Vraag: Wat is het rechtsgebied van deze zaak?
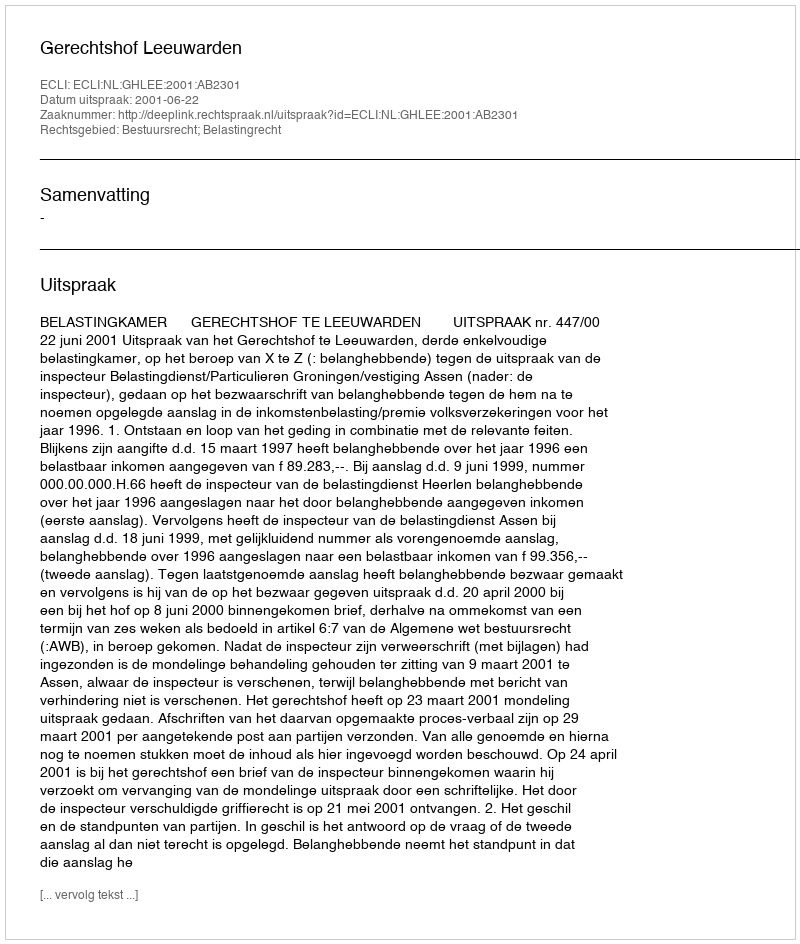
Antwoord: Bestuursrecht; Belastingrecht